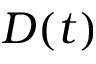
D ( t )